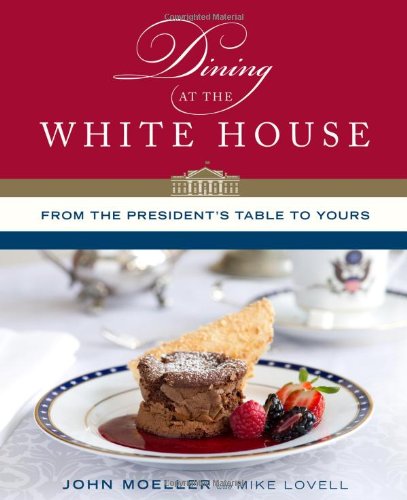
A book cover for Dining at the White House: From the President's Table to Yours; John Moeller; Cookbooks, Food & Wine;